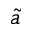
\Tilde { a }